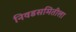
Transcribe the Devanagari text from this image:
निवडसमितीला